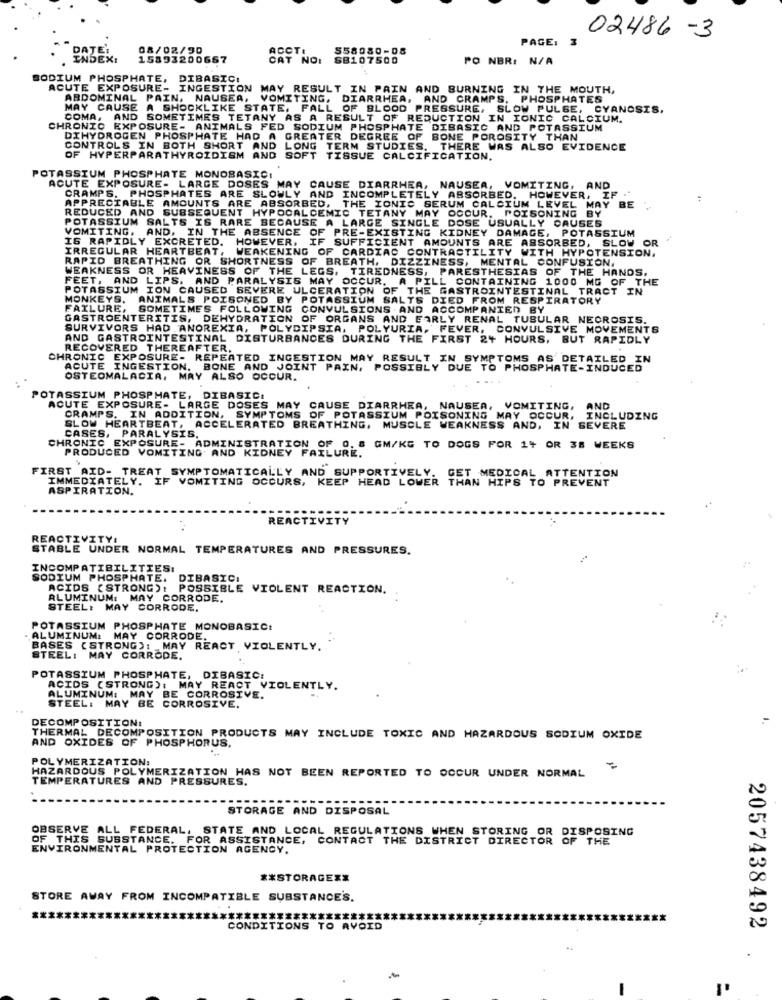
02486 -3
PAGE, 3
08/02/90
ACCT:
558980-08
15893200657
CAT NO:
SB107500
PO NBR: N/A
BODIUM PHOSPHATE,
DIBASICI
ACUTE EXPOSURE- INGESTION MAY RESULT IN PAIN AND BURNING IN THE MOUTH,
ABDOMINAL PAIN, NAUSEA, VOMITING, DIARRHEA, AND CRAMPS, PHOSPHATES
MAY CAUSE
A SHOCKLIKE STATE, FALL OF BLOOD PRESSURE, SLOW PULSE, CYANOSIS,
COMA,
AND SOMETIMES TETANY AS A RESULT OF REDUCTION IN IONIC CALCIUM.
CHRONIC EXPOSURE- ANIMALS FED SODIUM PHOSPHATE DIBASIC AND POTASSIUM
DIHYDROGEN PHOSPHATE HAD A GREATER DEGREE OF BONE POROSITY THAN
CONTROLS IN BOTH SHORT AND
LONG TERM STUDIES. THERE WAS ALSO EVIDENCE
OF HYPERPARATHYROIDISM AND SOFT TISSUE CALCIFICATION.
POTASSIUM PHOSPHATE MONOBASIC!
ACUTE EXPOSURE- LARGE DOSES MAY CAUSE DIARRHEA, NAUSEA, VOMITING, AND
CRAMPS. PHOSPHATES ARE SLOWLY AND INCOMPLETELY ABSORBED. HOWEVER, IF ."
..
APPRECIABLE AMOUNTS ARE ABSORBED, THE IONIC SERUM CALCIUM LEVEL MAY BE
REDUCED AND SUBSEQUENT HYPOCALCEMIC TETANY MAY OCCUR. POISONING BY
POTASSIUM SALTS IS RARE BECAUSE A LARGE SINGLE DOSE USUALLY CAUSES
VOMITING, AND, IN THE ABSENCE OF PRE-EXISTING KIDNEY DAMAGE,
POTASSIUM
IS RAPIDLY EXCRETED.
HOWEVER,
IF
IF SUFFICIENT AMOUNTS ARE ABSORBED, SLOW OR
IRREGULAR HEARTBEAT
WEAKENING OF CARDIAC CONTRACTILITY WITH HYPOTENSION,
RAPID BREATHING OR SHORTNESS OF BREATH, DIZZINESS, MENTAL CONFUSION.
WEAKNESS OR HEAVINESS OF THE LEGS.
TIREDNESS, PARESTHESIAS OF THE HANDS.
FEET, AND LIPS.
AND PARALYSIS MAY OCCUR.
A PILL CONTAINING 1000 MG OF THE
POTASSIUM ION CAUSED SEVERE ULCERATION OF THE GASTROINTESTINAL TRACT IN
MONKEYS.
ANIMALS POISONED BY POTASSIUM SALTS DIED FROM RESPIRATORY
FAILURE.
SOMETIMES FOLLOWING CONVULSIONS AND ACCOMPANIED BY
GASTROENTERITIS, DEHYDRATION OF ORGANS AND EARLY RENAL TUBULAR NECROSIS.
SURVIVORS HAD ANOREXIA, POLYDIPSIA, POLYURIA, FEVER, CONVULSIVE MOVEMENTS
AND GASTROINTESTINAL DISTURBANCES DURING THE FIRST 2+ HOURS, BUT RAPIDLY
RECOVERED THEREAFTER.
CHRONIC EXPOSURE- REPEATED INGESTION MAY RESULT IN SYMPTOMS AS DETAILED IN
ACUTE INGESTION. BONE AND JOINT PAIN, POSSIBLY DUE TO PHOSPHATE-INDUCED
OSTEOMALACIA, MAY ALSO OCCUR.
POTASSIUM PHOSPHATE, DIBASIC.
ACUTE EXPOSURE- LARGE DOSES MAY CAUSE DIARRHEA, NAUSEA, VOMITING,
AND
CRAMPS. IN ADDITION, SYMPTOMS OF POTASSIUM POISONING MAY OCCUR, INCLUDE!
. INCLUDING
SLOW HEARTBEAT, ACCELERATED BREATHING, MUSCLE WEAKNESS AND, IN SEVERE
CASES, PARALYSIS.
CHRONIC EXPOSURE- ADMINISTRATION OF 0. 8 GM/KG TO DOGS FOR 14 OR 38 WEEKS
PRODUCED VOMITING AND KIDNEY FAILURE.
FIRST AID- TREAT SYMPTOMATICALLY AND SUPPORTIVELY.
IF VOMITING OCCURS, KEEP HEAD LOWER THAN HIPS TO PREVENT
GET MEDICAL ATTENTION
ASPIRATION.
REACTIVITY
REACTIVITY!
STABLE UNDER NORMAL TEMPERATURES AND PRESSURES.
INCOMPATIBILITIES:
SODIUM PHOSPHATE. DIBASIC:
ACIDS (STRONG): POSSIBLE VIOLENT REACTION.
ALUMINUM: MAY CORRODE.
STEEL: MAY CORRODE,
POTASSIUM PHOSPHATE MONOBASIC:
. ALUMINUM: MAY CORRODE.
BASES (STRONG): MAY REACT VIOLENTLY.
STEEL: MAY CORRODE.
POTASSIUM PHOSPHATE,
DIBASIC:
ACIDS (STRONG): MAY REACT VIOLENTLY.
ALUMINUM: MAY BE CORROSIVE.
STEEL: MAY BE CORROSIVE.
DECOMPOSITION:
THERMAL DECOMPOSITION PRODUCTS MAY INCLUDE TOXIC AND HAZARDOUS SODIUM OXIDE
AND OXIDES OF PHOSPHORUS.
POLYMERIZATION:
HAZARDOUS POLYMERIZATION HAS NOT BEEN REPORTED TO OCCUR UNDER NORMAL
TEMPERATURES AND PRESSURES.
STORAGE AND DISPOSAL
OBSERVE ALL FEDERAL, STATE AND LOCAL REGULATIONS WHEN STORING OR DISPOSING
OF THIS SUBSTANCE. FOR ASSISTANCE, CONTACT THE DISTRICT DIRECTOR OF THE
ENVIRONMENTAL PROTECTION AGENCY.
** STORAGE **
STORE AWAY FROM INCOMPATIBLE SUBSTANCE'S.
****
CONDITIONS TO AVOID
2057438492